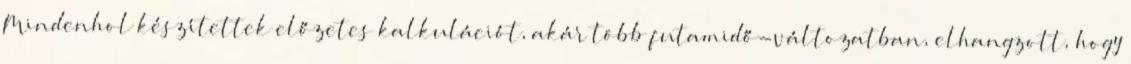
Mindenhol készítettek előzetes kalkulációt, akár több futamidő-változatban, elhangzott, hogy